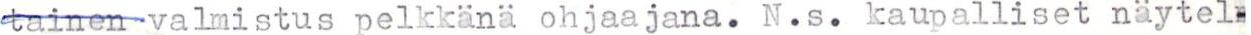
tainen valmistus pelkkänä ohjaajana. N.s. kaupalliset näytel-